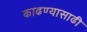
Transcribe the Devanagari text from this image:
काढण्यासाढी